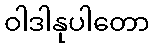
ဝါဒါနုပါတော